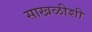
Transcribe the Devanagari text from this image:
साखळीशी